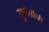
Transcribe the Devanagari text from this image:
यूफ़ोलॉजी